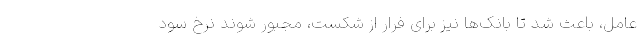
عامل، باعث شد تا بانک‌ها نیز برای فرار از شکست، مجبور شوند نرخ سود